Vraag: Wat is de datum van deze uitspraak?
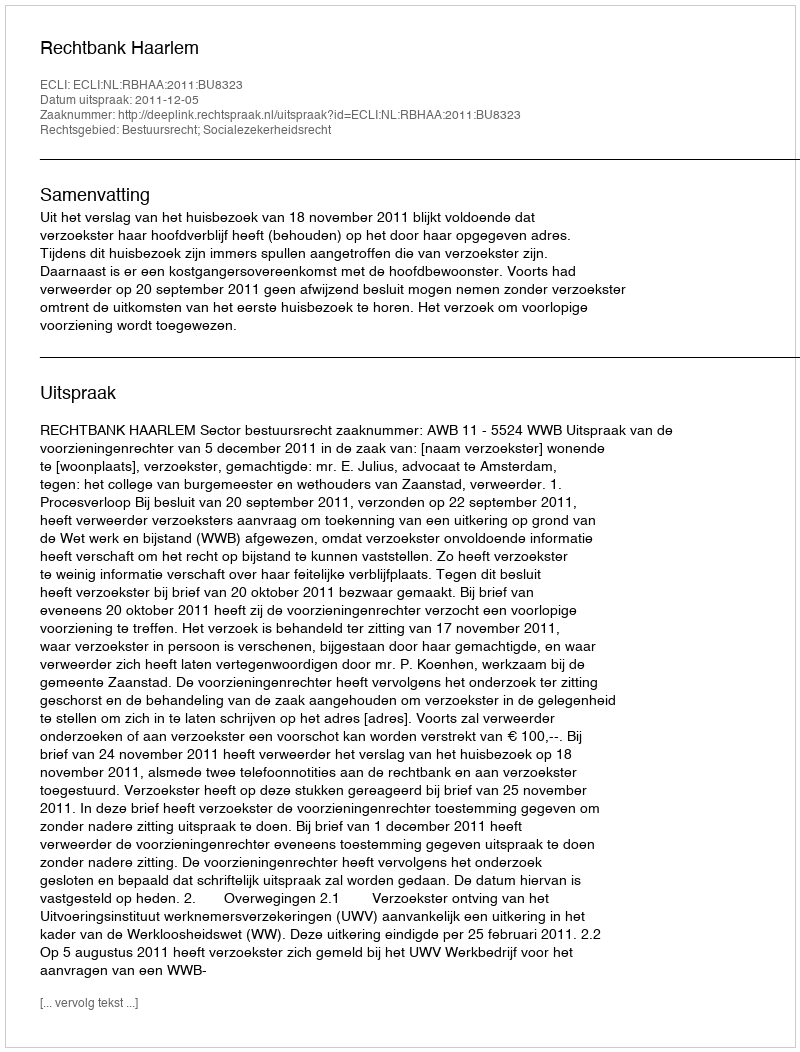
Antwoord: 2011-12-05